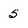
Character: 5